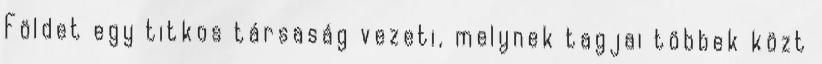
Földet egy titkos társaság vezeti, melynek tagjai többek közt